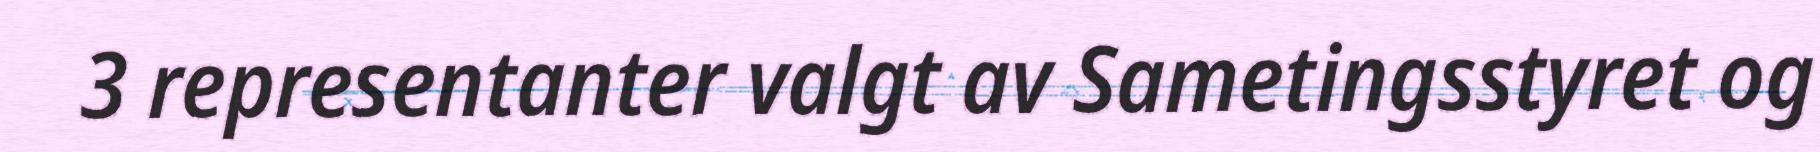
3 representanter valgt av Sametingsstyret og